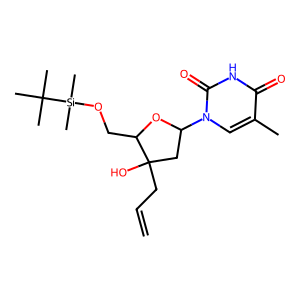
SMILES: C=CCC1(O)CC(n2cc(C)c(=O)[nH]c2=O)OC1CO[Si](C)(C)C(C)(C)C
Inhibits HIV replication: No